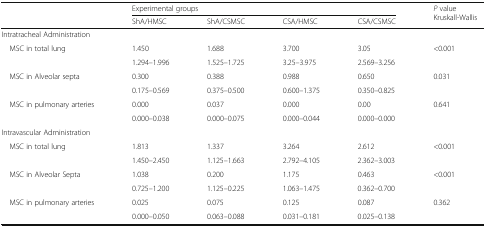
<table><thead><tr><td rowspan="2"></td><td colspan="4"><b>Experimental groups</b></td><td rowspan="2"><b><i>P</i> value Kruskall-Wallis</b></td></tr><tr><td><b>ShA/HMSC</b></td><td><b>ShA/CSMSC</b></td><td><b>CSA/HMSC</b></td><td><b>CSA/CSMSC</b></td></tr></thead><tbody><tr><td colspan="6">Intratracheal Administration</td></tr><tr><td rowspan="2"> MSC in total lung</td><td>1.450</td><td>1.688</td><td>3.700</td><td>3.05</td><td rowspan="2">&lt;0.001</td></tr><tr><td>1.294–1.996</td><td>1.525–1.725</td><td>3.25–3.975</td><td>2.569–3.256</td></tr><tr><td rowspan="2"> MSC in Alveolar septa</td><td>0.300</td><td>0.388</td><td>0.988</td><td>0.650</td><td rowspan="2">0.031</td></tr><tr><td>0.175–0.569</td><td>0.375–0.500</td><td>0.600–1.375</td><td>0.350–0.825</td></tr><tr><td rowspan="2"> MSC in pulmonary arteries</td><td>0.000</td><td>0.037</td><td>0.000</td><td>0.00</td><td rowspan="2">0.641</td></tr><tr><td>0.000–0.038</td><td>0.000–0.075</td><td>0.000–0.044</td><td>0.000–0.000</td></tr><tr><td colspan="6">Intravascular Administration</td></tr><tr><td rowspan="2"> MSC in total lung</td><td>1.813</td><td>1.337</td><td>3.264</td><td>2.612</td><td rowspan="2">&lt;0.001</td></tr><tr><td>1.450–2.450</td><td>1.125–1.663</td><td>2.792–4.105</td><td>2.362–3.003</td></tr><tr><td rowspan="2"> MSC in Alveolar Septa</td><td>1.038</td><td>0.200</td><td>1.175</td><td>0.463</td><td rowspan="2">&lt;0.001</td></tr><tr><td>0.725–1.200</td><td>1.125–0.225</td><td>1.063–1.475</td><td>0.362–0.700</td></tr><tr><td rowspan="2"> MSC in pulmonary arteries</td><td>0.025</td><td>0.075</td><td>0.125</td><td>0.087</td><td rowspan="2">0.362</td></tr><tr><td>0.000–0.050</td><td>0.063–0.088</td><td>0.031–0.181</td><td>0.025–0.138</td></tr></tbody></table>